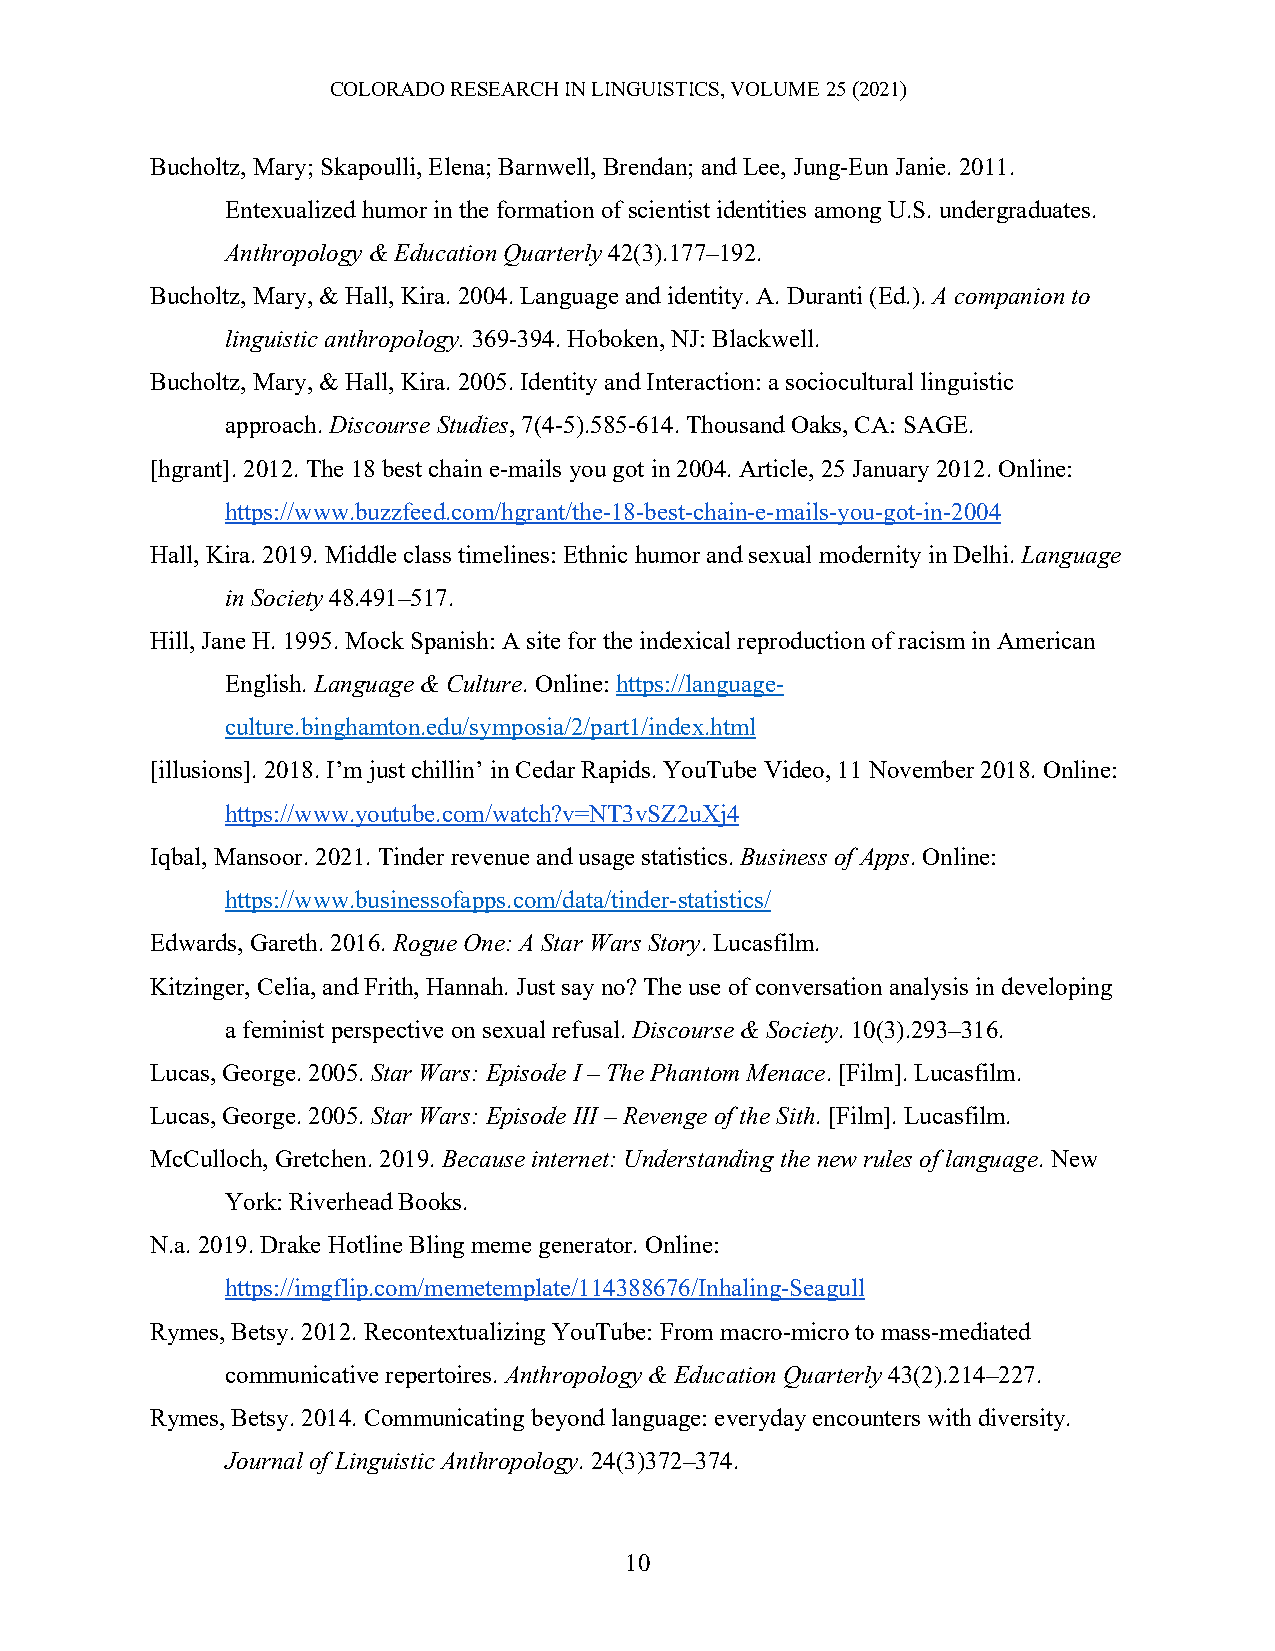
COLORADO RESEARCH IN LINGUISTICS, VOLUME 25 (2021)
 Bucholtz, Mary; Skapoulli, Elena; Barnwell, Brendan; and Lee, Jung-Eun Janie. 2011.
 Entexualized humor in the formation of scientist identities among U.S. undergraduates.
 Anthropology & Education Quarterly 42(3).177–192.
 Bucholtz, Mary, & Hall, Kira. 2004. Language and identity. A. Duranti (Ed.). A companion to
 linguistic anthropology. 369-394. Hoboken, NJ: Blackwell.
 Bucholtz, Mary, & Hall, Kira. 2005. Identity and Interaction: a sociocultural linguistic
 approach. Discourse Studies, 7(4-5).585-614. Thousand Oaks, CA: SAGE.
 [hgrant]. 2012. The 18 best chain e-mails you got in 2004. Article, 25 January 2012. Online:
 https://www.buzzfeed.com/hgrant/the-18-best-chain-e-mails-you-got-in-2004
 Hall, Kira. 2019. Middle class timelines: Ethnic humor and sexual modernity in Delhi. Language
 in Society 48.491–517.
 Hill, Jane H. 1995. Mock Spanish: A site for the indexical reproduction of racism in American
 English. Language & Culture. Online: https://language-
 culture.binghamton.edu/symposia/2/part1/index.html
 [illusions]. 2018. I’m just chillin’ in Cedar Rapids. YouTube Video, 11 November 2018. Online:
 https://www.youtube.com/watch?v=NT3vSZ2uXj4
 Iqbal, Mansoor. 2021. Tinder revenue and usage statistics. Business of Apps. Online:
 https://www.businessofapps.com/data/tinder-statistics/
 Edwards, Gareth. 2016. Rogue One: A Star Wars Story. Lucasfilm.
 Kitzinger, Celia, and Frith, Hannah. Just say no? The use of conversation analysis in developing
 a feminist perspective on sexual refusal. Discourse & Society. 10(3).293–316.
 Lucas, George. 2005. Star Wars: Episode I – The Phantom Menace. [Film]. Lucasfilm.
 Lucas, George. 2005. Star Wars: Episode III – Revenge of the Sith. [Film]. Lucasfilm.
 McCulloch, Gretchen. 2019. Because internet: Understanding the new rules of language. New
 York: Riverhead Books.
 N.a. 2019. Drake Hotline Bling meme generator. Online:
 https://imgflip.com/memetemplate/114388676/Inhaling-Seagull
 Rymes, Betsy. 2012. Recontextualizing YouTube: From macro-micro to mass-mediated
 communicative repertoires. Anthropology & Education Quarterly 43(2).214–227.
 Rymes, Betsy. 2014. Communicating beyond language: everyday encounters with diversity.
 Journal of Linguistic Anthropology. 24(3)372–374.
 10